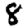
Digit: 8